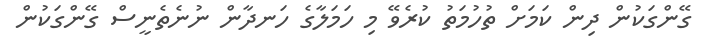
ގޭންގަކުން ދިން ކަމަށް ތުހުމަތު ކުރެވޭ މި ހަމަލާގެ ހަނދާން ނުނެތެނީސް ގޭންގަކުން